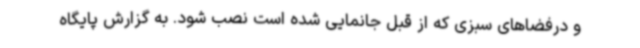
و درفضاهای سبزی که از قبل جانمایی شده است نصب شود. به گزارش پایگاه